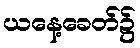
ယနေ့ခေတ်၌